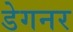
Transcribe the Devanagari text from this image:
डेगनर